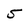
Character: 5